Vaccination in Bombay 1902-1912 - 1902-1912
Year: 1902
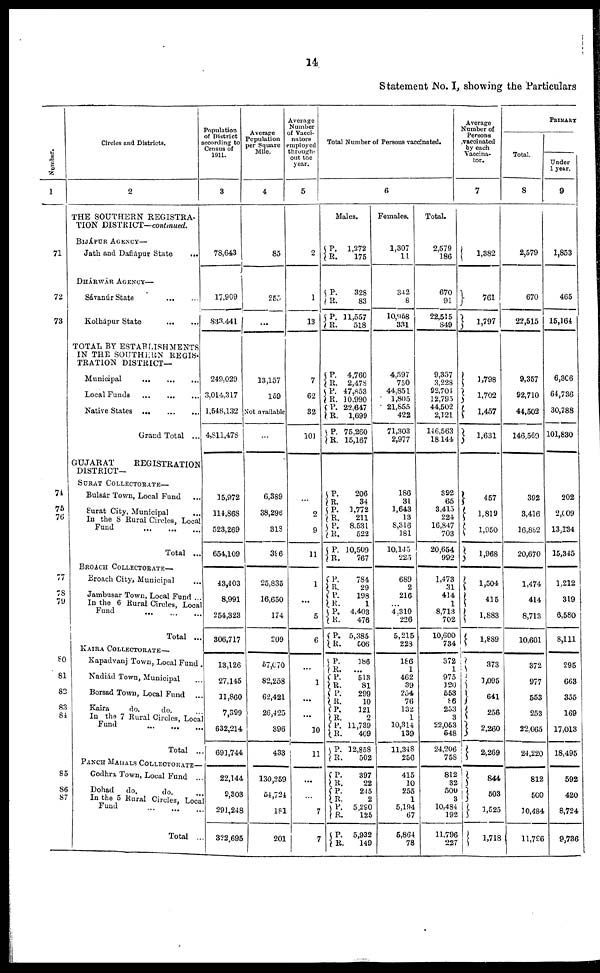
14
Statement No. I, showing the Particulars
Number.
1
71
72
73
74
75
76
77
78
79
80
81
82
83
84
85
86
87
Circles and Districts.
2
THE SOUTHERN REGISTRA-
TION DISTRICT—continued.
BIJÁPUR AGENCY—
Jath and Daflápur State
...
DHÁRWÁR AGENCY—
Sávanúr State
...
...
Kolhápur State
...
...
TOTAL BY ESTABLISHMENTS
IN THE SOUTHERN REGIS¬
TRATION DISTRICT—
Municipal
...
...
...
Local Funds
...
...
...
Native States
...
...
...
Grand Total ...
GUJARAT
REGISTRATION
DISTRICT—
SURAT COLLECTORATE—
Bulsár Town, Local Fund ...
Surat City, Municipal
In the 8 Rural Circle, Local
Fund ... ... ...
Total ...
BROACH COLLECTORATE—
Broach City, Municipal ...
Jambusar Town, Local Fund ...
In the 6 Rural Circles, Local
Fund ... ... ...
Total ...
KAIRA COLLECTORATE—
Kapadvanj Town, Local Fund .
Nadiád Town, Municipal ...
Borsad Town, Local Fund ...
Kaira
do.
do.
...
In the 7 Rural Circles, Local
Fund ... ... ...
Total ...
PANCH MAHALS COLLECTORATE—
Godhra Town, Local Fund ...
Dohad
do.
do.
...
In the 5 Rural Circles, Local
Fund ... ... ...
Total ...
Population
of District
according to
Census of
1911.
3
78,643
17,909
833,441
249,029
3,014,317
1,548,132
4,811,478
15,972
114,868
523,269
654,109
43,403
8,991
254,323
306,717
13,126
27,145
11,860
7,399
632,214
691,744
22,144
9,303
291,248
322,695
Average
Population
per Square
Mile.
4
85
255
...
13,157
159
Not available
...
6,389
38,296
318
396
25,835
16,650
174
209
57,070
82,258
62,421
26,425
396
433
130,259
54,724
181
201
Average
Number
of Vacci¬
nators
employed
through-
out the
year.
5
2
1
13
7
62
32
101
...
2
9
11
1
...
5
6
...
1
...
...
10
11
...
...
7
7
Total Number of Persons vaccinated.
6
Males.
P.
R.
1,272
175
P.
R.
P.
R.
328
83
11,557
518
P.
R.
P.
R.
P.
R.
P.
R.
4,760
2,478
47,853
10,990
22,647
1,699
75,260
15,167
P.
R.
P.
R.
P.
R.
P.
R.
206
34
1,772
211
8,531
522
10,509
767
P.
R. P.
R. P.
R.
P.
R.
784
29
198
1
4,403
476
5,385
506
P.
R.
P.
R. P.
R. P.
R. P.
R.
P.
R.
186
...
513
81
299
10
121
2
11,739
409
12,858
502
P.
R.
P.
R. P.
R.
P.
R.
397
22
245
2
5,290
125
5,932
149
Females.
1,307
11
342
8
10,958
331
4,597
750
44,851
1,805
21,855
422
71,303
2,977
186
31
1,643
13
8,316
181
10,145
225
689
2
216
...
4,310
226
5,215
223
186
1
462
39
254
76
132
1
10,314
139
11,348
256
415
10
255
1
5,194
67
5,864
78
Total.
2,579
186
670
91
22,515
849
9,357
3,228
92,704
12,795
44,502
2,121
146,563
18,144
392
65
3,415
224
16,847
703
20,654
992
1,473
31
414
1
8,713
702
10,600
734
372
1
975
120
553
86
253
3
22,053
548
24,206
758
812
32
500
3
10,484
192
11,796
227
Average
Number of
Persons
vaccinated
by each
Vaccina¬
tor.
7
1,382
761
1,797
1,798
1,702
1,457
1,631
457
1,819
1,950
1,968
1,504
415
1,883
1,889
373
1,095
641
256
2,260
2,269
844
503
1,525
1,718
PRIMARY
Total.
8
2,579
670
22,515
9,357
92,710
44,502
146,569
392
3,416
16,862
20,670
1,474
414
8,713
10,601
372
977
553
253
22,065
24,220
812
500
10,484
11,796
Under
1 year.
9
1,853
465
15,164
6,306
64,736
30,788
101,830
202
2,009
13,134
15,345
1,212
319
6,580
8,111
295
663
355
169
17,013
18,495
592
420
8,724
9,736